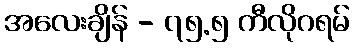
အလေးချိန် - ၇၅.၅ ကီလိုဂရမ်